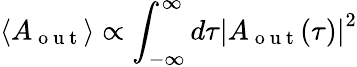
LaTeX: \langle A_{\mathrm{~o~u~t~}}\rangle\propto\int_{-\infty}^{\infty}d\tau{\left|A_{\mathrm{~o~u~t~}}(\tau)\right|}^{2}